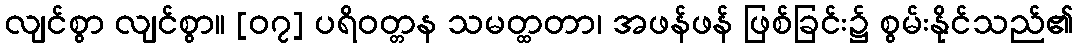
လျင်စွာ လျင်စွာ။ [၀၇] ပရိဝတ္တန သမတ္ထတာ၊ အဖန်ဖန် ဖြစ်ခြင်း၌ စွမ်းနိုင်သည်၏